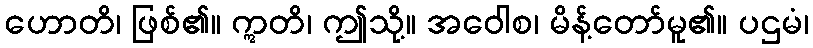
ဟောတိ၊ ဖြစ်၏။ ဣတိ၊ ဤသို့။ အဝေါစ၊ မိန့်တော်မူ၏။ ပဌမံ၊